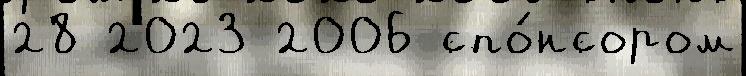
28 2023 2006 спо́нсором